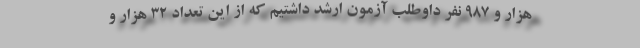
هزار و ۹۸۷ نفر داوطلب آزمون ارشد داشتیم که از این تعداد ۳۲ هزار و